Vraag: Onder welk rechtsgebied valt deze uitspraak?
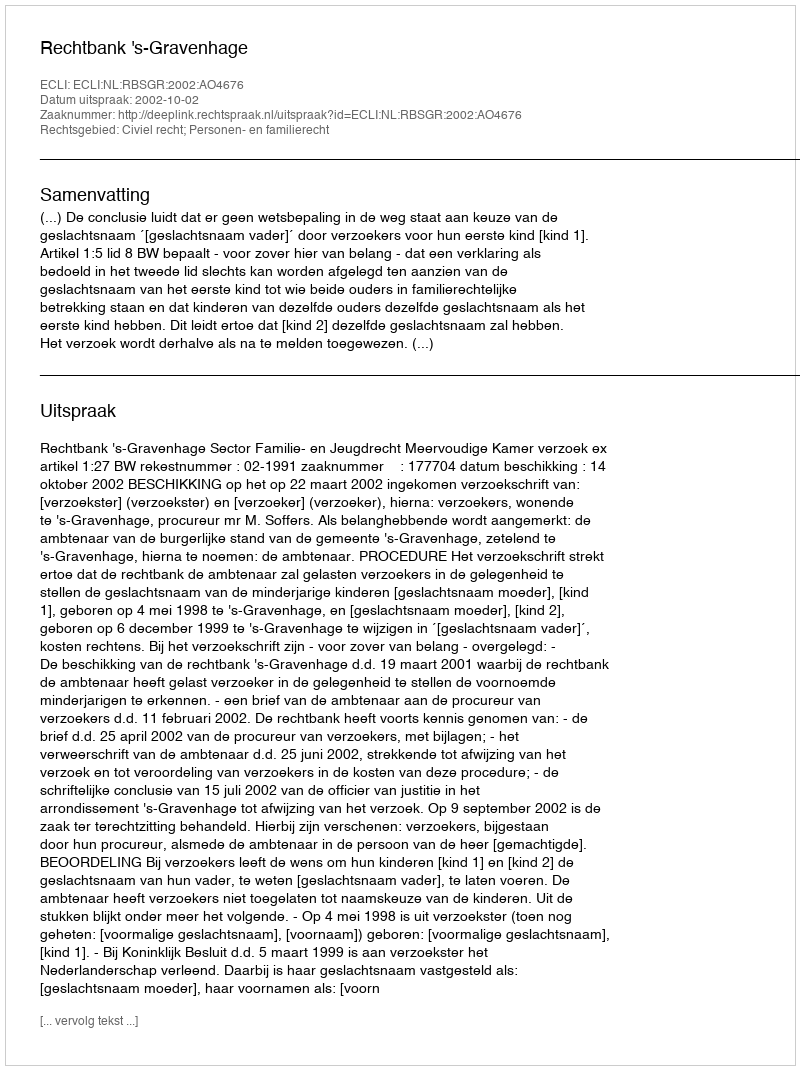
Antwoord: Civiel recht; Personen- en familierecht